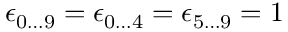
\epsilon _ { 0 \ldots 9 } = \epsilon _ { 0 \ldots 4 } = \epsilon _ { 5 \ldots 9 } = 1